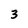
Character: 3